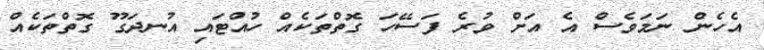
އެހެން ނަމަވެސް އެ އަށް ވުރެ ފަސޭހަ ގޮތްތަކެއް ހުއްޓައި އުނދަގޫ ގޮތްތަކެއް